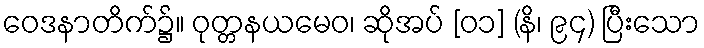
ဝေဒနာတိက်၌။ ဝုတ္တနယမေဝ၊ ဆိုအပ် [၀၁] (နိ၊ ၉၄) ပြီးသော